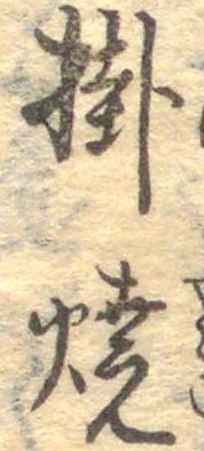
掛焼